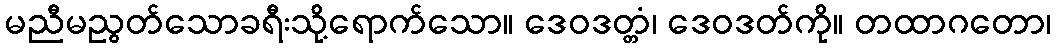
မညီမညွတ်သောခရီးသို့ရောက်သော။ ဒေဝဒတ္တံ၊ ဒေဝဒတ်ကို။ တထာဂတော၊